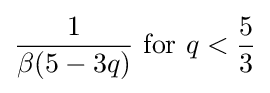
{1 \over {\beta (5-3q)}}{\text{ for }}q<{5 \over 3}